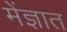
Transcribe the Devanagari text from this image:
मेंज्ञात